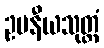
ဥပနီယသုတ္တံ